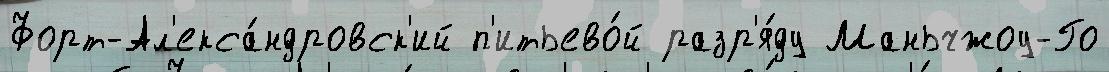
Форт-Ал'екса́ндровск'ий п'итьево́й разр'я́ду Маньчжоу-Го